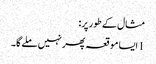
مثال کے طور پر:
1 ایسا موقعہ پھر نہیں ملے گا۔